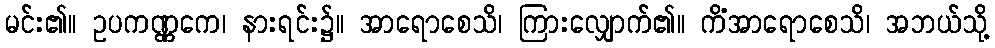
မင်း၏။ ဥပကဏ္ဏကေ၊ နားရင်း၌။ အာရောစေသိ၊ ကြားလျှောက်၏။ ကိံအာရောစေသိ၊ အဘယ်သို့